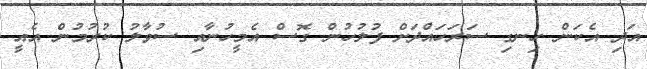
އަދި އެކަން ހިނގި ސަރަަހައްދަށް ފުލުހުން ގޮސް އެމީހުނާއި ސުވާލު ކުރުމުން އެއީ